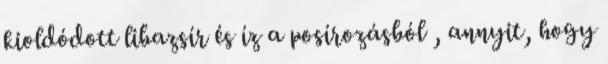
kioldódott libazsír és íz a posírozásból , annyit, hogy